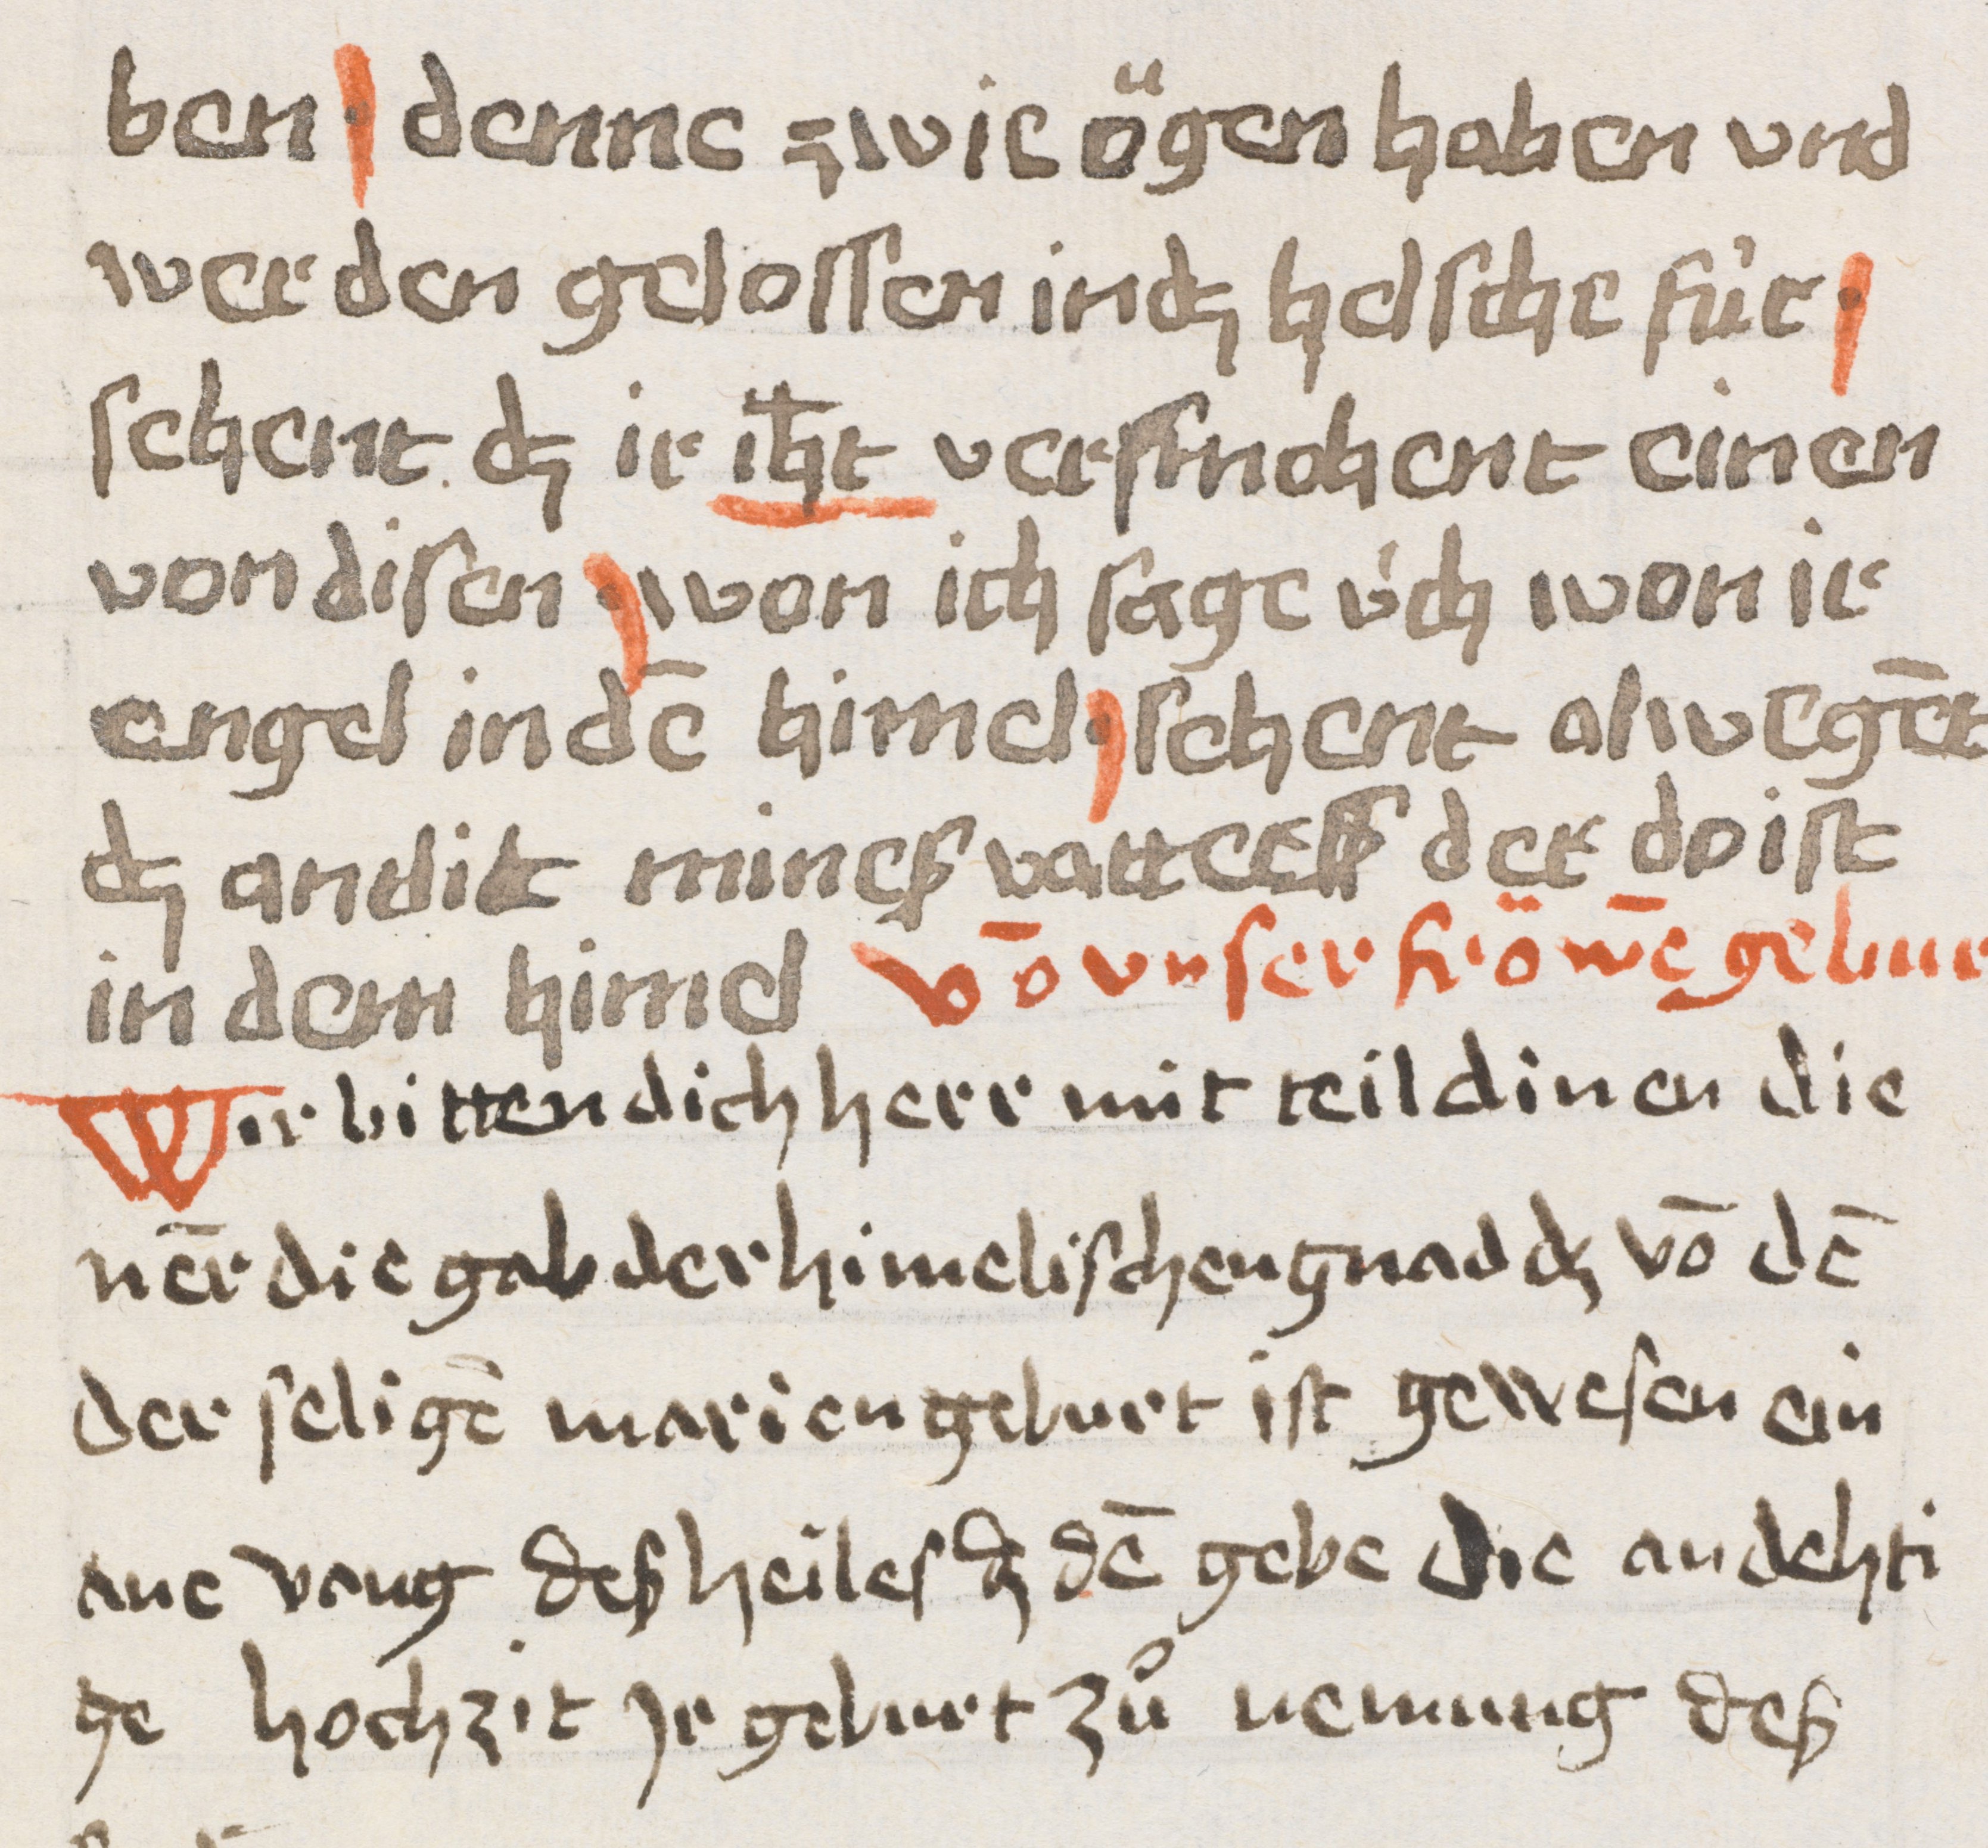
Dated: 1400–1499